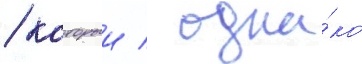
/ которыи / одна́ко